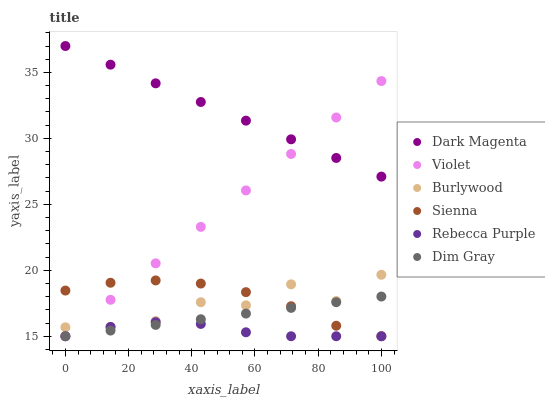
| xaxis_label | Dark Magenta | Violet | Burlywood | Sienna | Rebecca Purple | Dim Gray |
 | --- | --- | --- | --- | --- | --- | --- |
 | 0 | 37 | 15 | 15.7 | 18.5 | 15 | 15 |
 | 14.3 | 35.6 | 17.8 | 15.7 | 19.1 | 15.7 | 15.4 |
 | 28.6 | 34.2 | 20.5 | 16.2 | 19.2 | 16.1 | 15.9 |
 | 42.9 | 32.8 | 23.3 | 17.6 | 19 | 15.9 | 16.3 |
 | 57.1 | 31.3 | 26.1 | 17.3 | 18.3 | 15.3 | 16.7 |
 | 71.4 | 29.9 | 28.8 | 18.9 | 17.3 | 15 | 17.2 |
 | 85.7 | 28.5 | 31.6 | 17.7 | 15.8 | 15 | 17.6 |
 | 100 | 27.1 | 34.3 | 19.7 | 15 | 15 | 18 |